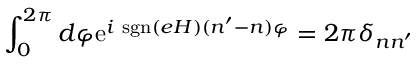
\int _ { 0 } ^ { 2 \pi } d \varphi \mathrm { e } ^ { i ~ \mathrm { s g n } ( e H ) ( n ^ { \prime } - n ) \varphi } = 2 \pi \delta _ { n n ^ { \prime } }